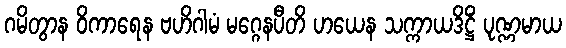
ဂမိတွာန ဝိကာရေန ဗဟိဂါမံ မဂ္ဂေနပီတိ ဟယေန သက္ကာယဒိဋ္ဌိံ ပုဏ္ဏမာယ